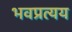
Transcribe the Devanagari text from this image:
भवप्रत्यय